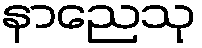
နာညေသု